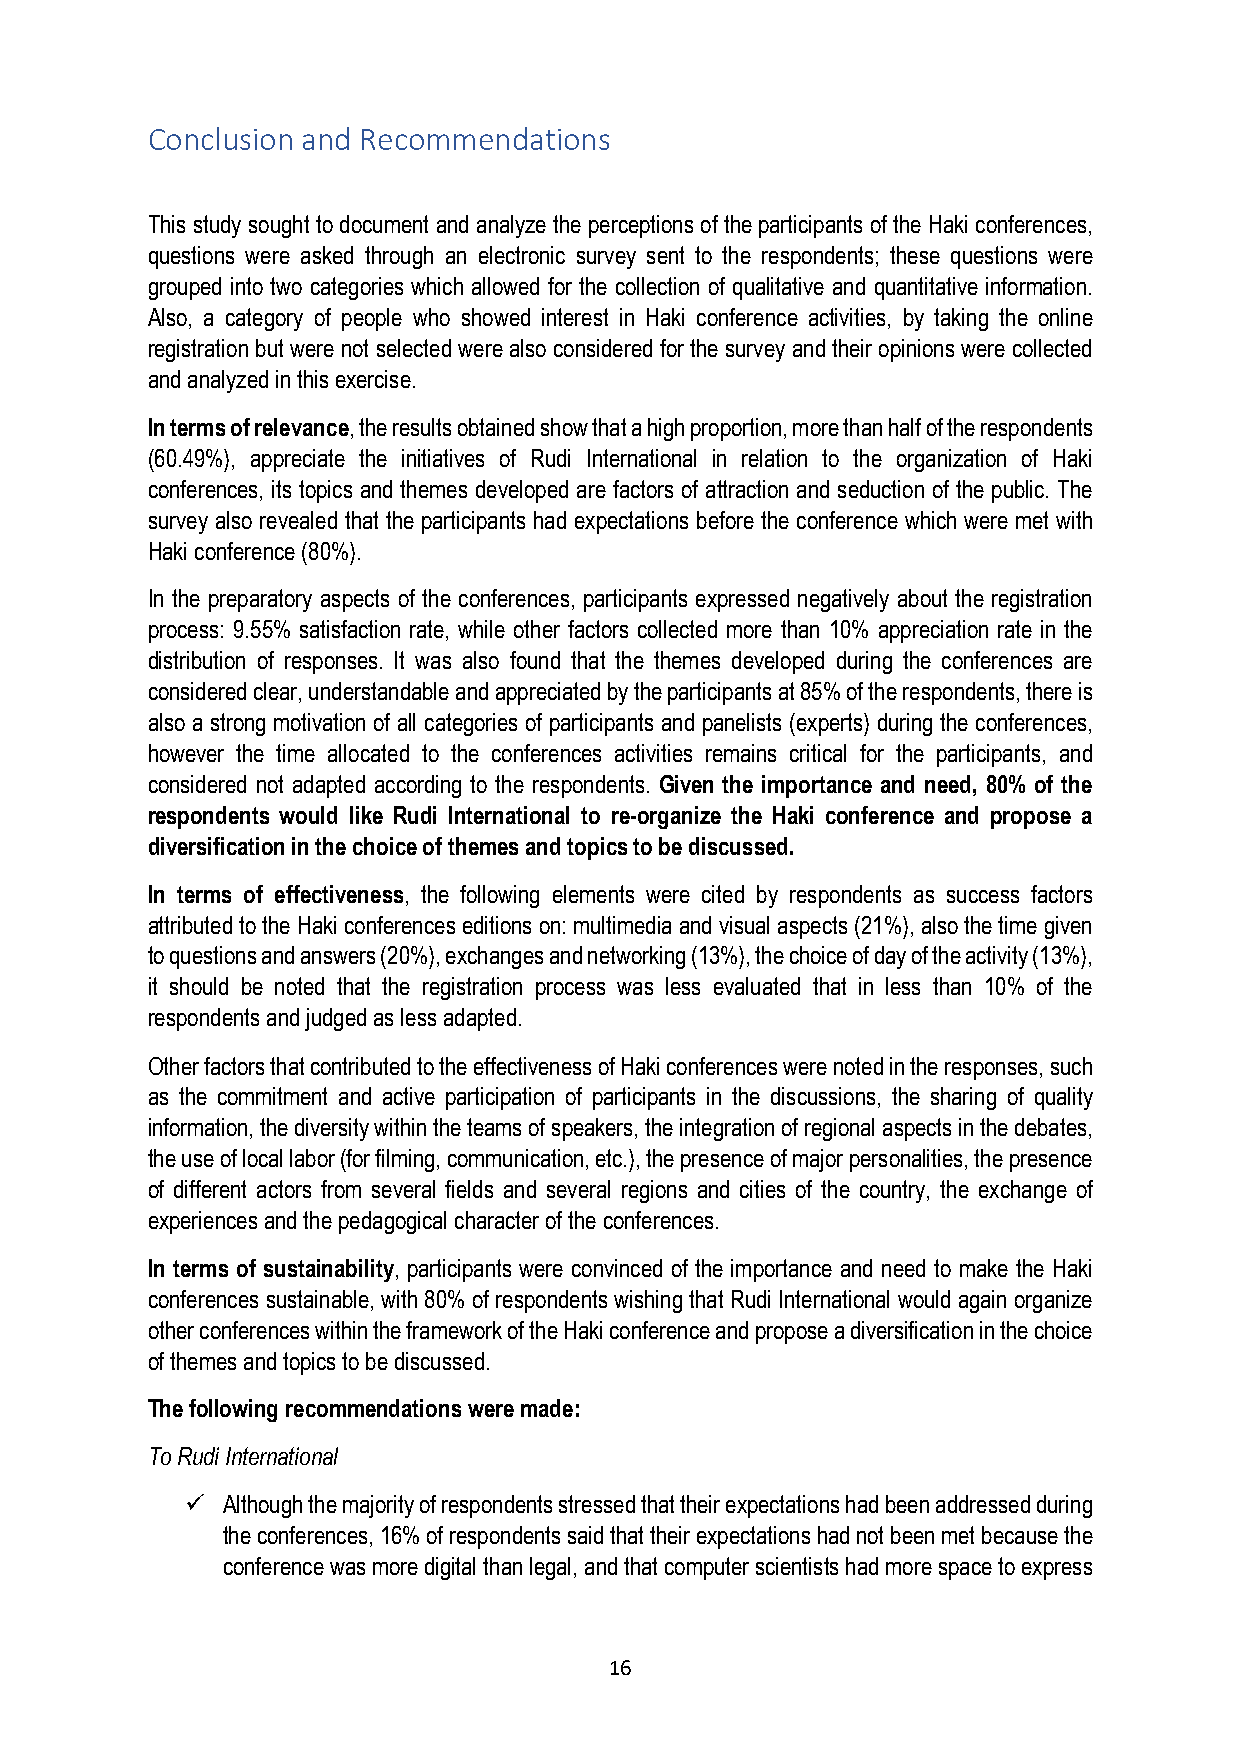
Conclusion and Recommendations
 This study sought to document and analyze the perceptions of the participants of the Haki conferences,
 questions were asked through an electronic survey sent to the respondents; these questions were
 grouped into two categories which allowed for the collection of qualitative and quantitative information.
 Also, a category of people who showed interest in Haki conference activities, by taking the online
 registration but were not selected were also considered for the survey and their opinions were collected
 and analyzed in this exercise.
 In terms of relevance, the results obtained show that a high proportion, more than half of the respondents
 (60.49%), appreciate the initiatives of Rudi International in relation to the organization of Haki
 conferences, its topics and themes developed are factors of attraction and seduction of the public. The
 survey also revealed that the participants had expectations before the conference which were met with
 Haki conference (80%).
 In the preparatory aspects of the conferences, participants expressed negatively about the registration
 process: 9.55% satisfaction rate, while other factors collected more than 10% appreciation rate in the
 distribution of responses. It was also found that the themes developed during the conferences are
 considered clear, understandable and appreciated by the participants at 85% of the respondents, there is
 also a strong motivation of all categories of participants and panelists (experts) during the conferences,
 however the time allocated to the conferences activities remains critical for the participants, and
 considered not adapted according to the respondents. Given the importance and need, 80% of the
 respondents would like Rudi International to re-organize the Haki conference and propose a
 diversification in the choice of themes and topics to be discussed.
 In terms of effectiveness, the following elements were cited by respondents as success factors
 attributed to the Haki conferences editions on: multimedia and visual aspects (21%), also the time given
 to questions and answers (20%), exchanges and networking (13%), the choice of day of the activity (13%),
 it should be noted that the registration process was less evaluated that in less than 10% of the
 respondents and judged as less adapted.
 Other factors that contributed to the effectiveness of Haki conferences were noted in the responses, such
 as the commitment and active participation of participants in the discussions, the sharing of quality
 information, the diversity within the teams of speakers, the integration of regional aspects in the debates,
 the use of local labor (for filming, communication, etc.), the presence of major personalities, the presence
 of different actors from several fields and several regions and cities of the country, the exchange of
 experiences and the pedagogical character of the conferences.
 In terms of sustainability, participants were convinced of the importance and need to make the Haki
 conferences sustainable, with 80% of respondents wishing that Rudi International would again organize
 other conferences within the framework of the Haki conference and propose a diversification in the choice
 of themes and topics to be discussed.
 The following recommendations were made:
 To Rudi International
 ü  Although the majority of respondents stressed that their expectations had been addressed during
 the conferences, 16% of respondents said that their expectations had not been met because the
 conference was more digital than legal, and that computer scientists had more space to express
 16